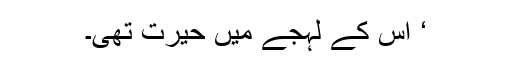
‘ اس کے لہجے میں حیرت تھی۔